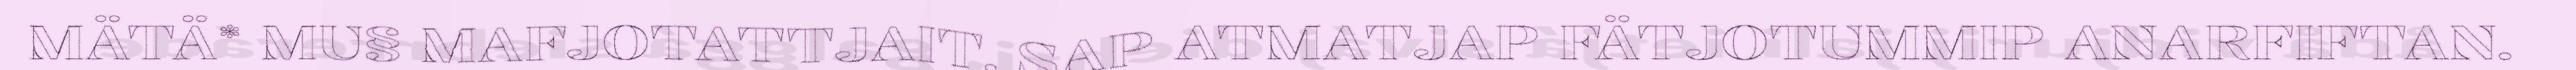
MÄTÄ* MU§ MAFJOTATTJAIT. SAP ATMATJAP FÄTJOTUMMIP ANARFIFTAN.